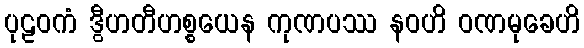
ပုဠဝကံ ဒွီဟတီဟစ္စယေန ကုဏပဿ နဝဟိ ဝဏမုခေဟိ